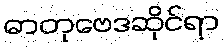
ဓာတုဗေဒဆိုင်ရာ